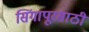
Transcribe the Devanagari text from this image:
सिंगापूरसाठी